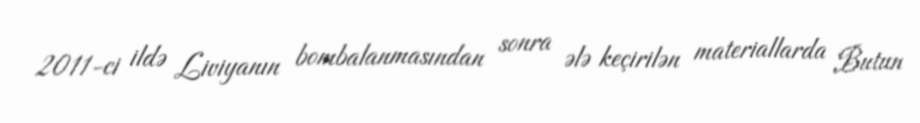
2011-ci ildə Liviyanın bombalanmasından sonra ələ keçirilən materiallarda Butun